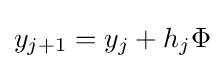
y_{j+1}=y_{j}+h_{j}\Phi